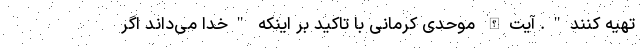
تهیه کنند". آیت‌الله موحدی کرمانی با تاکید بر اینکه "خدا می‌داند اگر